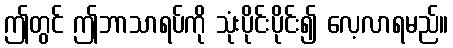
ဤတွင် ဤဘာသာရပ်ကို သုံးပိုင်းပိုင်း၍ လေ့လာရမည်။